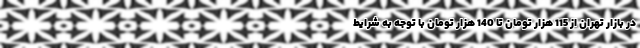
در بازار تهران از 115 هزار تومان تا 140 هزار تومان با توجه به شرایط